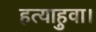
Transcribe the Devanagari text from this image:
हत्याहुवा।